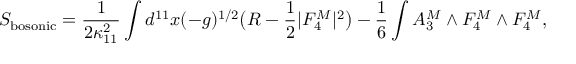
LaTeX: S _ { \mathrm { b o s o n i c } } = \frac { 1 } { 2 \kappa _ { 1 1 } ^ { 2 } } \int d ^ { 1 1 } x ( - g ) ^ { 1 / 2 } \bigl ( R - \frac { 1 } { 2 } | F _ { 4 } ^ { M } | ^ { 2 } \bigr ) - \frac { 1 } { 6 } \int A _ { 3 } ^ { M } \wedge F _ { 4 } ^ { M } \wedge F _ { 4 } ^ { M } ,